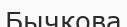
Бычкова